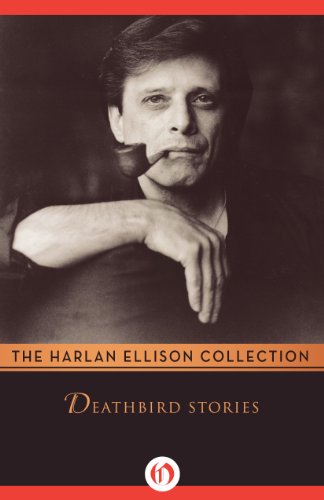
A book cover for Deathbird Stories; Harlan Ellison; Science Fiction & Fantasy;